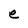
Character: e